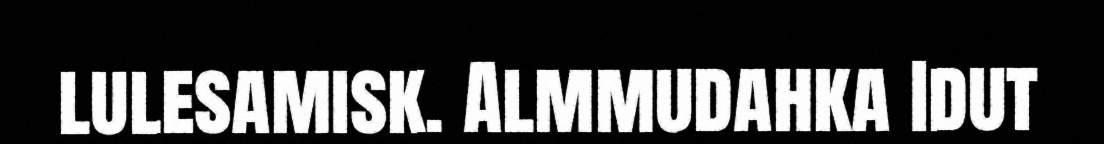
lulesamisk. Almmudahka Idut